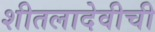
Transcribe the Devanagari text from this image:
शीतलादेवीची